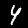
Digit: 4